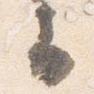
云